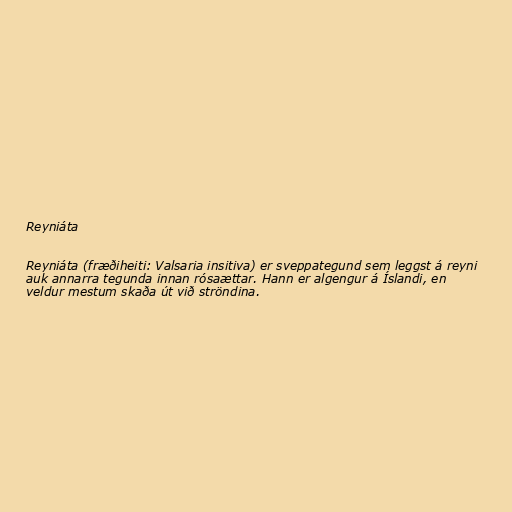
Reyniáta

Reyniáta (fræðiheiti: Valsaria insitiva) er sveppategund sem leggst á reyni
auk annarra tegunda innan rósaættar. Hann er algengur á Íslandi, en
veldur mestum skaða út við ströndina.